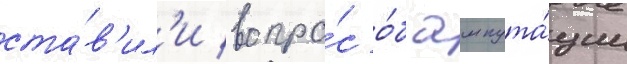
ста́в'ил'и вопро́с о́б ампута́ции